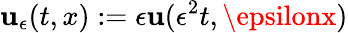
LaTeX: \mathbf{u}_{\epsilon}(t,x):=\epsilon\mathbf{u}(\epsilon^{2}t,\epsilonx)